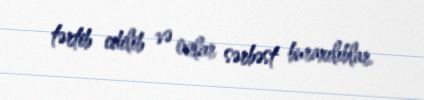
tərtib edilib və onlar sərbəst buraxılıblar.